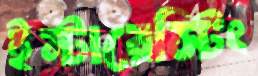
ইন্টারেস্টিং